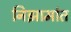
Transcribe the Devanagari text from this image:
निझामांत